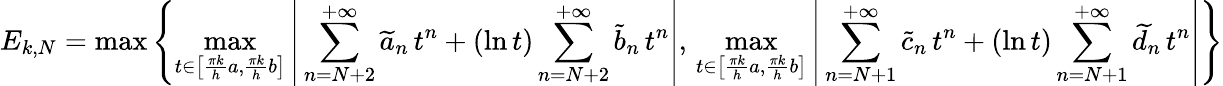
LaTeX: E_{k,N}=\operatorname*{max}\left\{ \operatorname*{max}_{t\in\left[\frac{\pi k}{h}a,\frac{\pi k}{h}b\right]}\left|\, \sum_{n=N+2}^{+\infty}\widetilde a_{n}\, t^{n}+(\ln t)\sum_{n=N+2}^{+\infty}\widetilde b_{n}\, t^{n}\right|,\, \operatorname*{max}_{t\in\left[\frac{\pi k}{h}a,\frac{\pi k}{h}b\right]}\left|\, \sum_{n=N+1}^{+\infty}\widetilde c_{n}\, t^{n}+(\ln t)\sum_{n=N+1}^{+\infty}\widetilde d_{n}\, t^{n}\right|\right\}